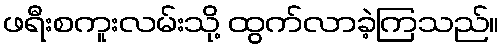
ဖရီးစကူးလမ်းသို့ ထွက်လာခဲ့ကြသည်။